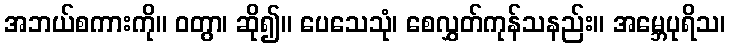
အဘယ်စကားကို။ ဝတွာ၊ ဆို၍။ ပေသေသုံ၊ စေလွှတ်ကုန်သနည်း။ အမ္ဘေပုရိသ၊